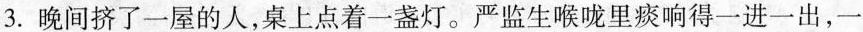
3.晚间挤了一屋的人，桌上点着一盏灯。严监生喉咙里痰响得一进一出，一